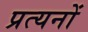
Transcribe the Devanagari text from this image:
प्रत्यनों